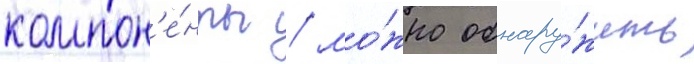
компон'е́нты / мо́жно обнару́жить